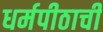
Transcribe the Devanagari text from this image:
धर्मपीठाची